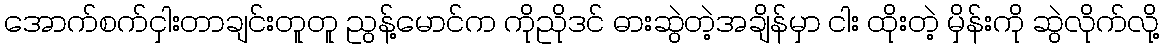
အောက်စက်ငှါးတာချင်းတူတူ ညွန့်မောင်က ကိုညိုဒင် ဓားဆွဲတဲ့အချိန်မှာ ငါး ထိုးတဲ့ မှိန်းကို ဆွဲလိုက်လို့